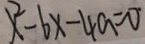
x ^ { 2 } - 6 x - 4 a = 0